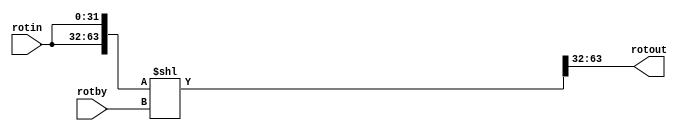
module leftrotate (
    input  [31:0] rotin,
    input  [4:0]  rotby,
    output [31:0] rotout
);

wire [63:0] rotmid = ({rotin, rotin} << rotby);
assign rotout = rotmid[63:32];

endmodule